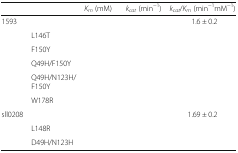
<table><thead><tr><td>[EMPTY_CELL]</td><td>[EMPTY_CELL]</td><td><b><i>K</i><sub><i>m</i></sub> (mM)</b></td><td><b><i>k</i><sub><i>cat</i></sub> (min<sup>−1</sup>)</b></td><td><b><i>k</i><sub><i>cat</i></sub>/<i>K</i><sub><i>m</i></sub> (min<sup>−1</sup>mM<sup>−1</sup>)</b></td></tr></thead><tbody><tr><td rowspan="6">1593</td><td>[EMPTY_CELL]</td><td>[EMPTY_CELL]</td><td>[EMPTY_CELL]</td><td>1.6 ± 0.2</td></tr><tr><td>L146T</td><td>[EMPTY_CELL]</td><td>[EMPTY_CELL]</td><td>[EMPTY_CELL]</td></tr><tr><td>F150Y</td><td>[EMPTY_CELL]</td><td>[EMPTY_CELL]</td><td>[EMPTY_CELL]</td></tr><tr><td>Q49H/F150Y</td><td>[EMPTY_CELL]</td><td>[EMPTY_CELL]</td><td>[EMPTY_CELL]</td></tr><tr><td>Q49H/N123H/F150Y</td><td>[EMPTY_CELL]</td><td>[EMPTY_CELL]</td><td>[EMPTY_CELL]</td></tr><tr><td>W178R</td><td>[EMPTY_CELL]</td><td>[EMPTY_CELL]</td><td>[EMPTY_CELL]</td></tr><tr><td rowspan="3">sll0208</td><td>[EMPTY_CELL]</td><td>[EMPTY_CELL]</td><td>[EMPTY_CELL]</td><td>1.69 ± 0.2</td></tr><tr><td>L148R</td><td>[EMPTY_CELL]</td><td>[EMPTY_CELL]</td><td>[EMPTY_CELL]</td></tr><tr><td>D49H/N123H</td><td>[EMPTY_CELL]</td><td>[EMPTY_CELL]</td><td>[EMPTY_CELL]</td></tr></tbody></table>